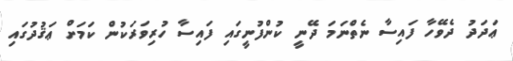
ޢަދަދު ދެވޭހާ ފައިސާ ނެތްނަމަ ދޭނީ ކުންފުނީގައި ފައިސާ ހުރިވަރަކުން ކަމަށް ޢަޤުދުގައި